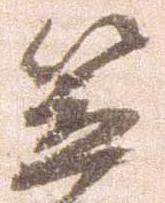
笠